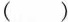
( )